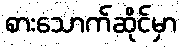
စားသောက်ဆိုင်မှာ